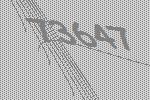
73647